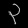
Digit: ၃